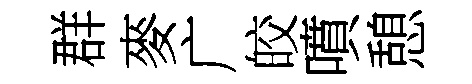
群麥广皎噴憩